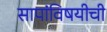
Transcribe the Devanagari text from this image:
सापांविषयीची